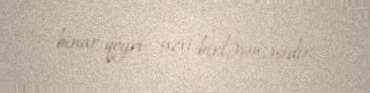
binar qeyri- üzvi birləşməsidir.